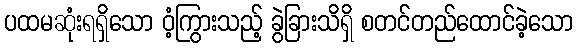
ပထမဆုံးရရှိသော ဝံ့ကြွားသည့် ခွဲခြားသိရှိ စတင်တည်ထောင်ခဲ့သော